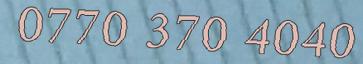
0770 370 4040